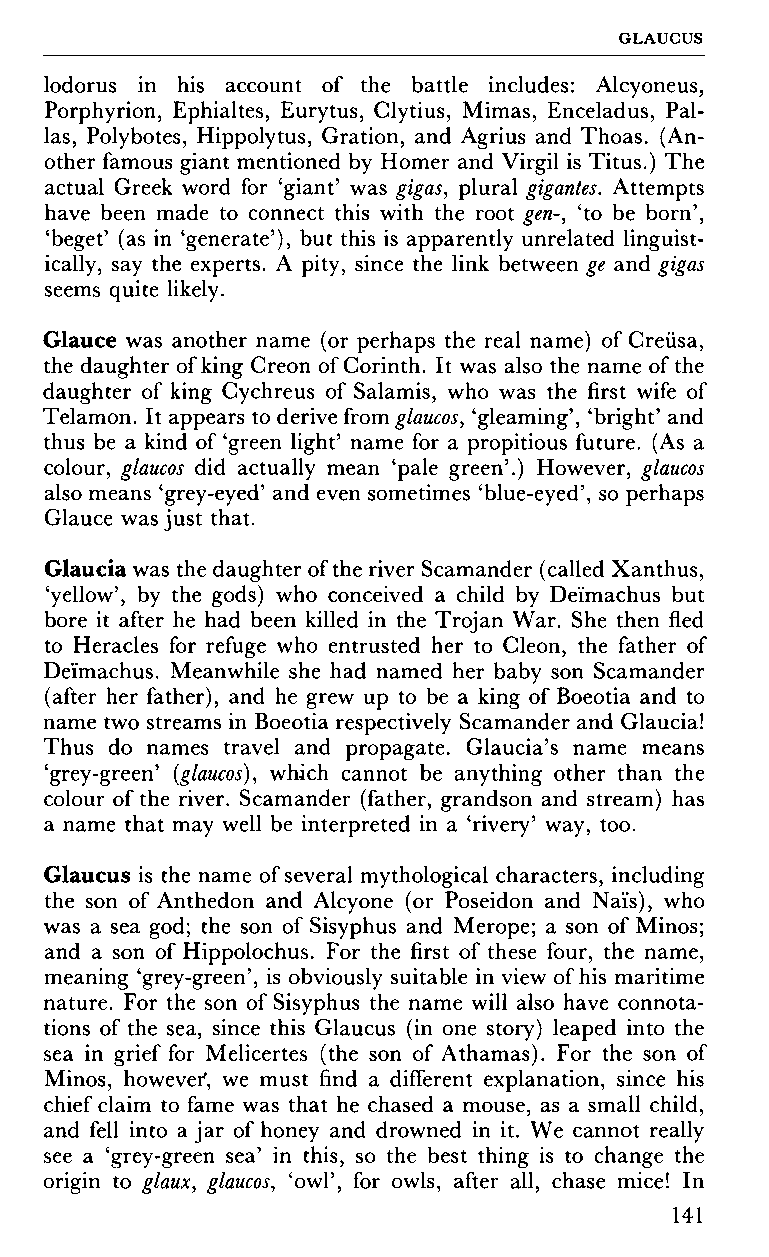
GLAUGUS
 lodorus in his account of the battle includes: Alcyoneus,
 Porphyrion, Ephialtes, Eurytus, Clytius, Mimas, Enceladus, Pal
 las, Polybotes, Hippolytus, Gration, and Agrius and Thoas. (An
 other famous giant mentioned by Homer and Virgil is Titus.) The
 actual Greek word for 'giant' was gigas, plural gigantes. Attempts
 have been made to connect this with the root gen-, 'to be born',
 'beget' (as in 'generate'), but this is apparently unrelated linguist
 ically, say the experts. A pity, since the link between ge and gigas
 seems quite likely.
 Glauce was another name (or perhaps the real name) of Creusa,
 the daughter of king Creon of Corinth. It was also the name of the
 daughter of king Cychreus of Salamis, who was the first wife of
 Telamon. It appears to derive from glaucos, 'gleaming', 'bright' and
 thus be a kind of 'green light' name for a propitious future. (As a
 colour, glaucos did actually mean 'pale green'.) However, glaucos
 also means 'grey-eyed' and even sometimes 'blue-eyed', so perhaps
 Glauce was just that.
 Glaucia was the daughter of the river Scamander (called Xanthus,
 'yellow', by the gods) who conceived a child by Deïmachus but
 bore it after he had been killed in the Trojan War. She then fled
 to Heracles for refuge who entrusted her to Cleon, the father of
 Deïmachus. Meanwhile she had named her baby son Scamander
 (after her father), and he grew up to be a king of Boeotia and to
 name two streams in Boeotia respectively Scamander and Glaucia!
 Thus do names travel and propagate. Glaucia's name means
 'grey-green' {glaucos), which cannot be anything other than the
 colour of the river. Scamander (father, grandson and stream) has
 a name that may well be interpreted in a 'rivery' way, too.
 Glaucus is the name of several mythological characters, including
 the son of Anthedon and Alcyone (or Poseidon and Nais), who
 was a sea god; the son of Sisyphus and Merope; a son of Minos;
 and a son of Hippolochus. For the first of these four, the name,
 meaning 'grey-green', is obviously suitable in view of his maritime
 nature. For the son of Sisyphus the name will also have connota
 tions of the sea, since this Glaucus (in one story) leaped into the
 sea in grief for Melicertes (the son of Athamas). For the son of
 Minos, however*, we must find a different explanation, since his
 chief claim to fame was that he chased a mouse, as a small child,
 and fell into a jar of honey and drowned in it. We cannot really
 see a 'grey-green sea' in this, so the best thing is to change the
 origin to glaux, glaucos, 'owl', for owls, after all, chase mice! In
 141